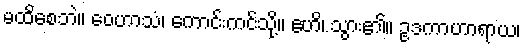
မထိစေဘဲ။ ဝေဟာသံ၊ ကောင်းကင်သို့။ ဧဟိ၊ သွား၏။ ဥဒကာဟာရာယ၊